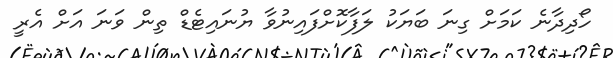
ހޯދިދާނެ ކަމަށް ގިނަ ބަޔަކު ލަފާކޮށްފައިނުވާ ޔުނައިޓެޑް ތިން ވަނަ އަށް އެރީ